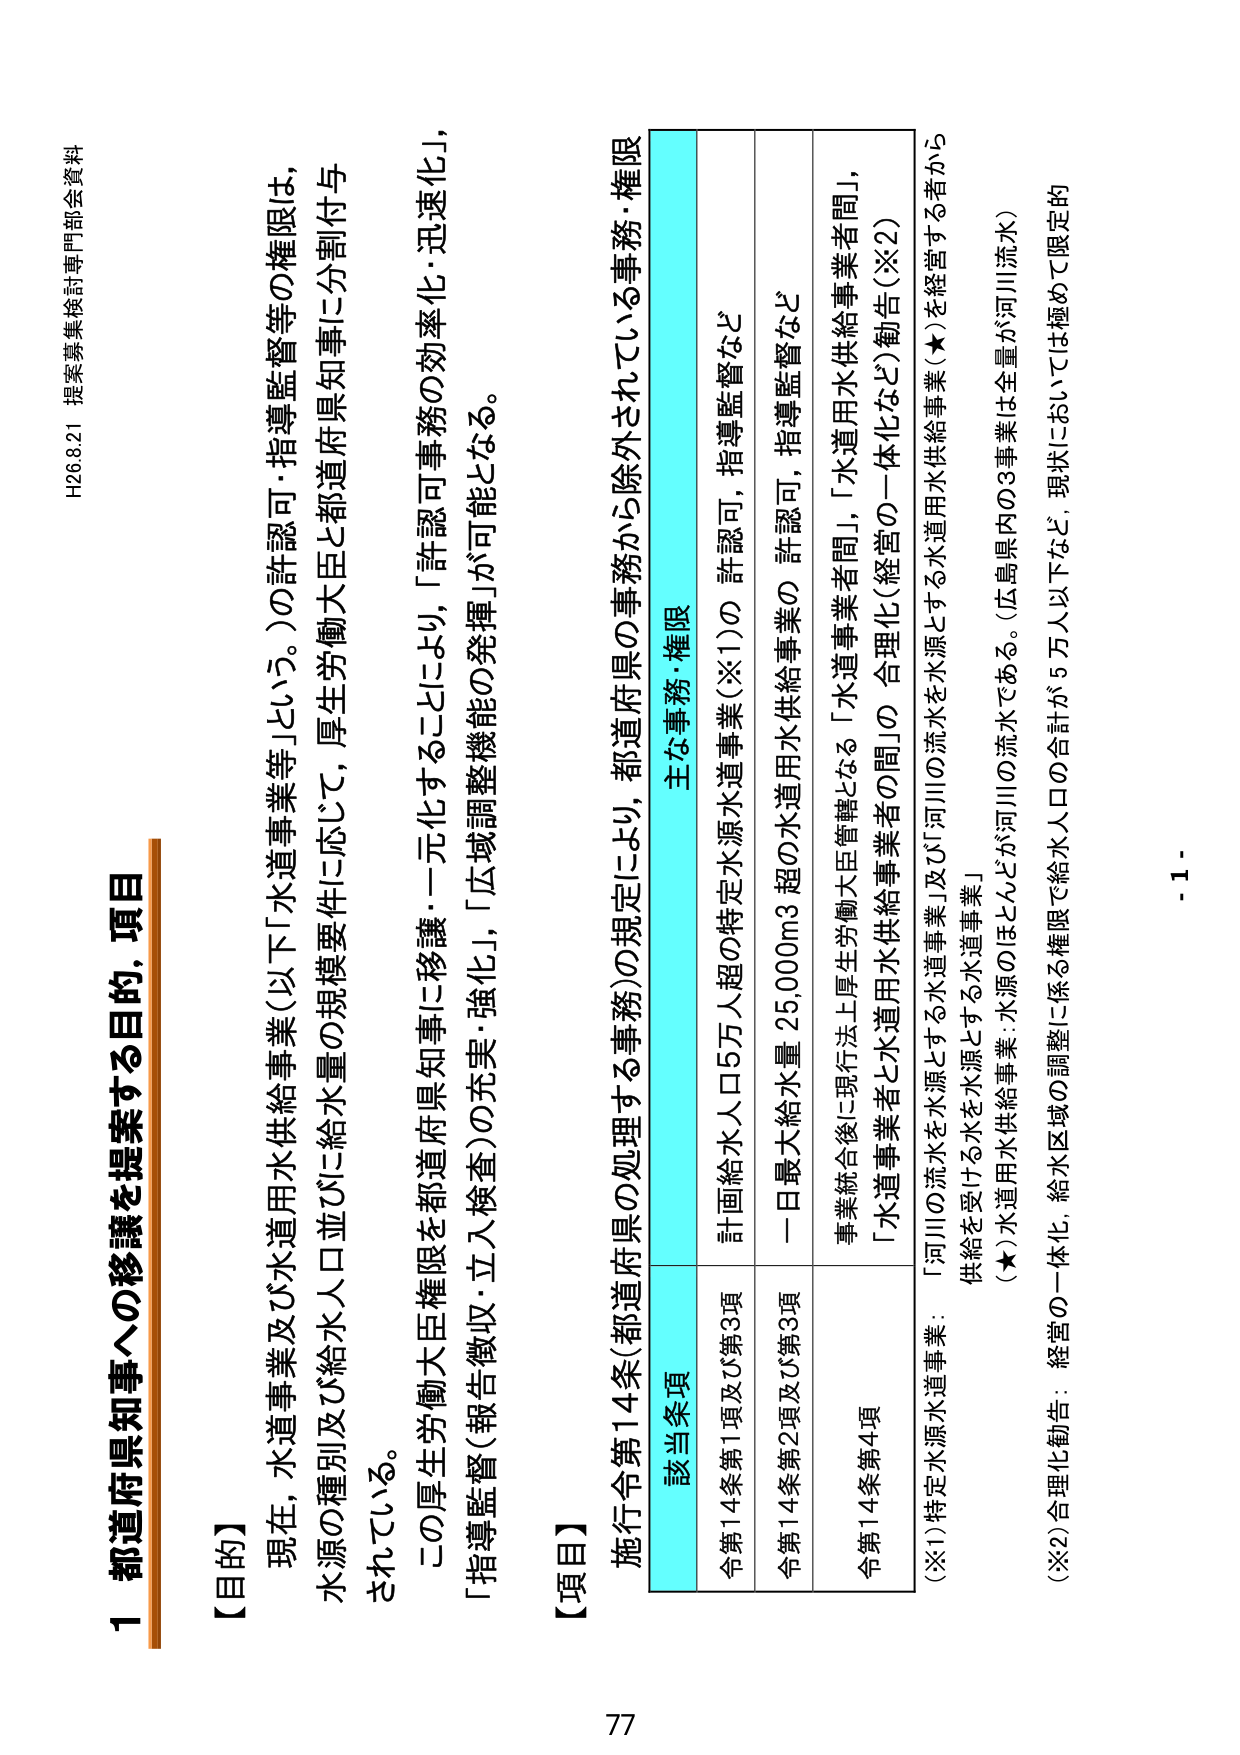
H26.8.21 提案募集検討専門部会資料

1 都道府県知事への移譲を提案する目的、項目

【目的】
現在、水道事業及び水道用水供給事業（以下「水道事業等」という。）の許認可・指導監督等の権限は、
水源の種別及び給水人口並びに給水量の規模要件に応じて、厚生労働大臣と都道府県知事に分割付与
されている。
この厚生労働大臣権限を都道府県知事に移譲・一元化することにより、「許認可事務の効率化・迅速化」、
「指導監督（報告徴収・立入検査）の充実・強化」、「広域調整機能の発揮」が可能となる。

【項目】
施行令第14条（都道府県の処理する事務）の規定により、都道府県の事務から除外されている事務・権限

該当条項 主な事務・権限
令第14条第1項及び第3項 計画給水人口5万人超の特定水源水道事業（※1）の 許認可，指導監督など
令第14条第2項及び第3項 一日最大給水量 25,000m3 超の水道用水供給事業の 許認可，指導監督など
令第14条第4項 事業統合後に現行法上厚生労働大臣管轄となる「水道事業者間」，「水道用水供給事業者間」，
「水道事業者と水道用水供給事業者間」の 合理化（経営の一体化など）勧告（※2）

（※1）特定水源水道事業：「河川の流水を水源とする水道事業」及び「河川の流水を水源とする水道用水供給事業（★）を経営する者から
供給を受ける水を水源とする水道事業」
（★）水道用水供給事業：水源のほとんどが河川の流水である。（広島県内の3事業は全量が河川流水）

（※2）合理化勧告：経営の一体化，給水区域の調整に係る権限で給水人口の合計が5万人以下など、現状においては極めて限定的

- 1 -
77